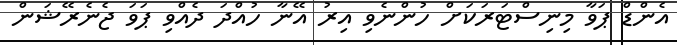
އެންޑް ޕަވާ މިނިސްޓަރަކަށް ހުންނެވި އިރު އޭނާ ހުއްދަ ދެއްވި ޕަވަ ޖެނެރޭޝަން